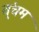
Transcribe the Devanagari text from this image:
त्ंचम